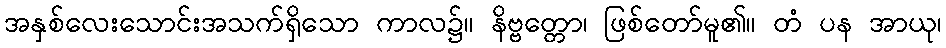
အနှစ်လေးသောင်းအသက်ရှိသော ကာလ၌။ နိဗ္ဗတ္တော၊ ဖြစ်တော်မူ၏။ တံ ပန အာယု၊